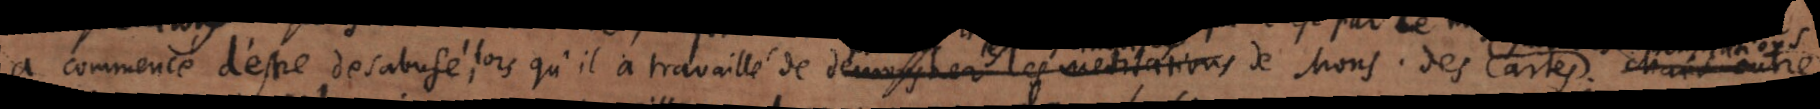
a commencé d’estre desabusé, lorsqu’il a travaillé de _ les meditations de Mons. des Cartes.